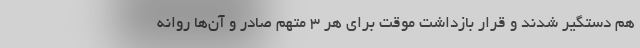
هم دستگیر شدند و قرار بازداشت موقت برای هر ۳ متهم صادر و آن‌ها روانه